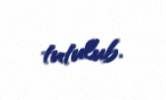
tutulub.